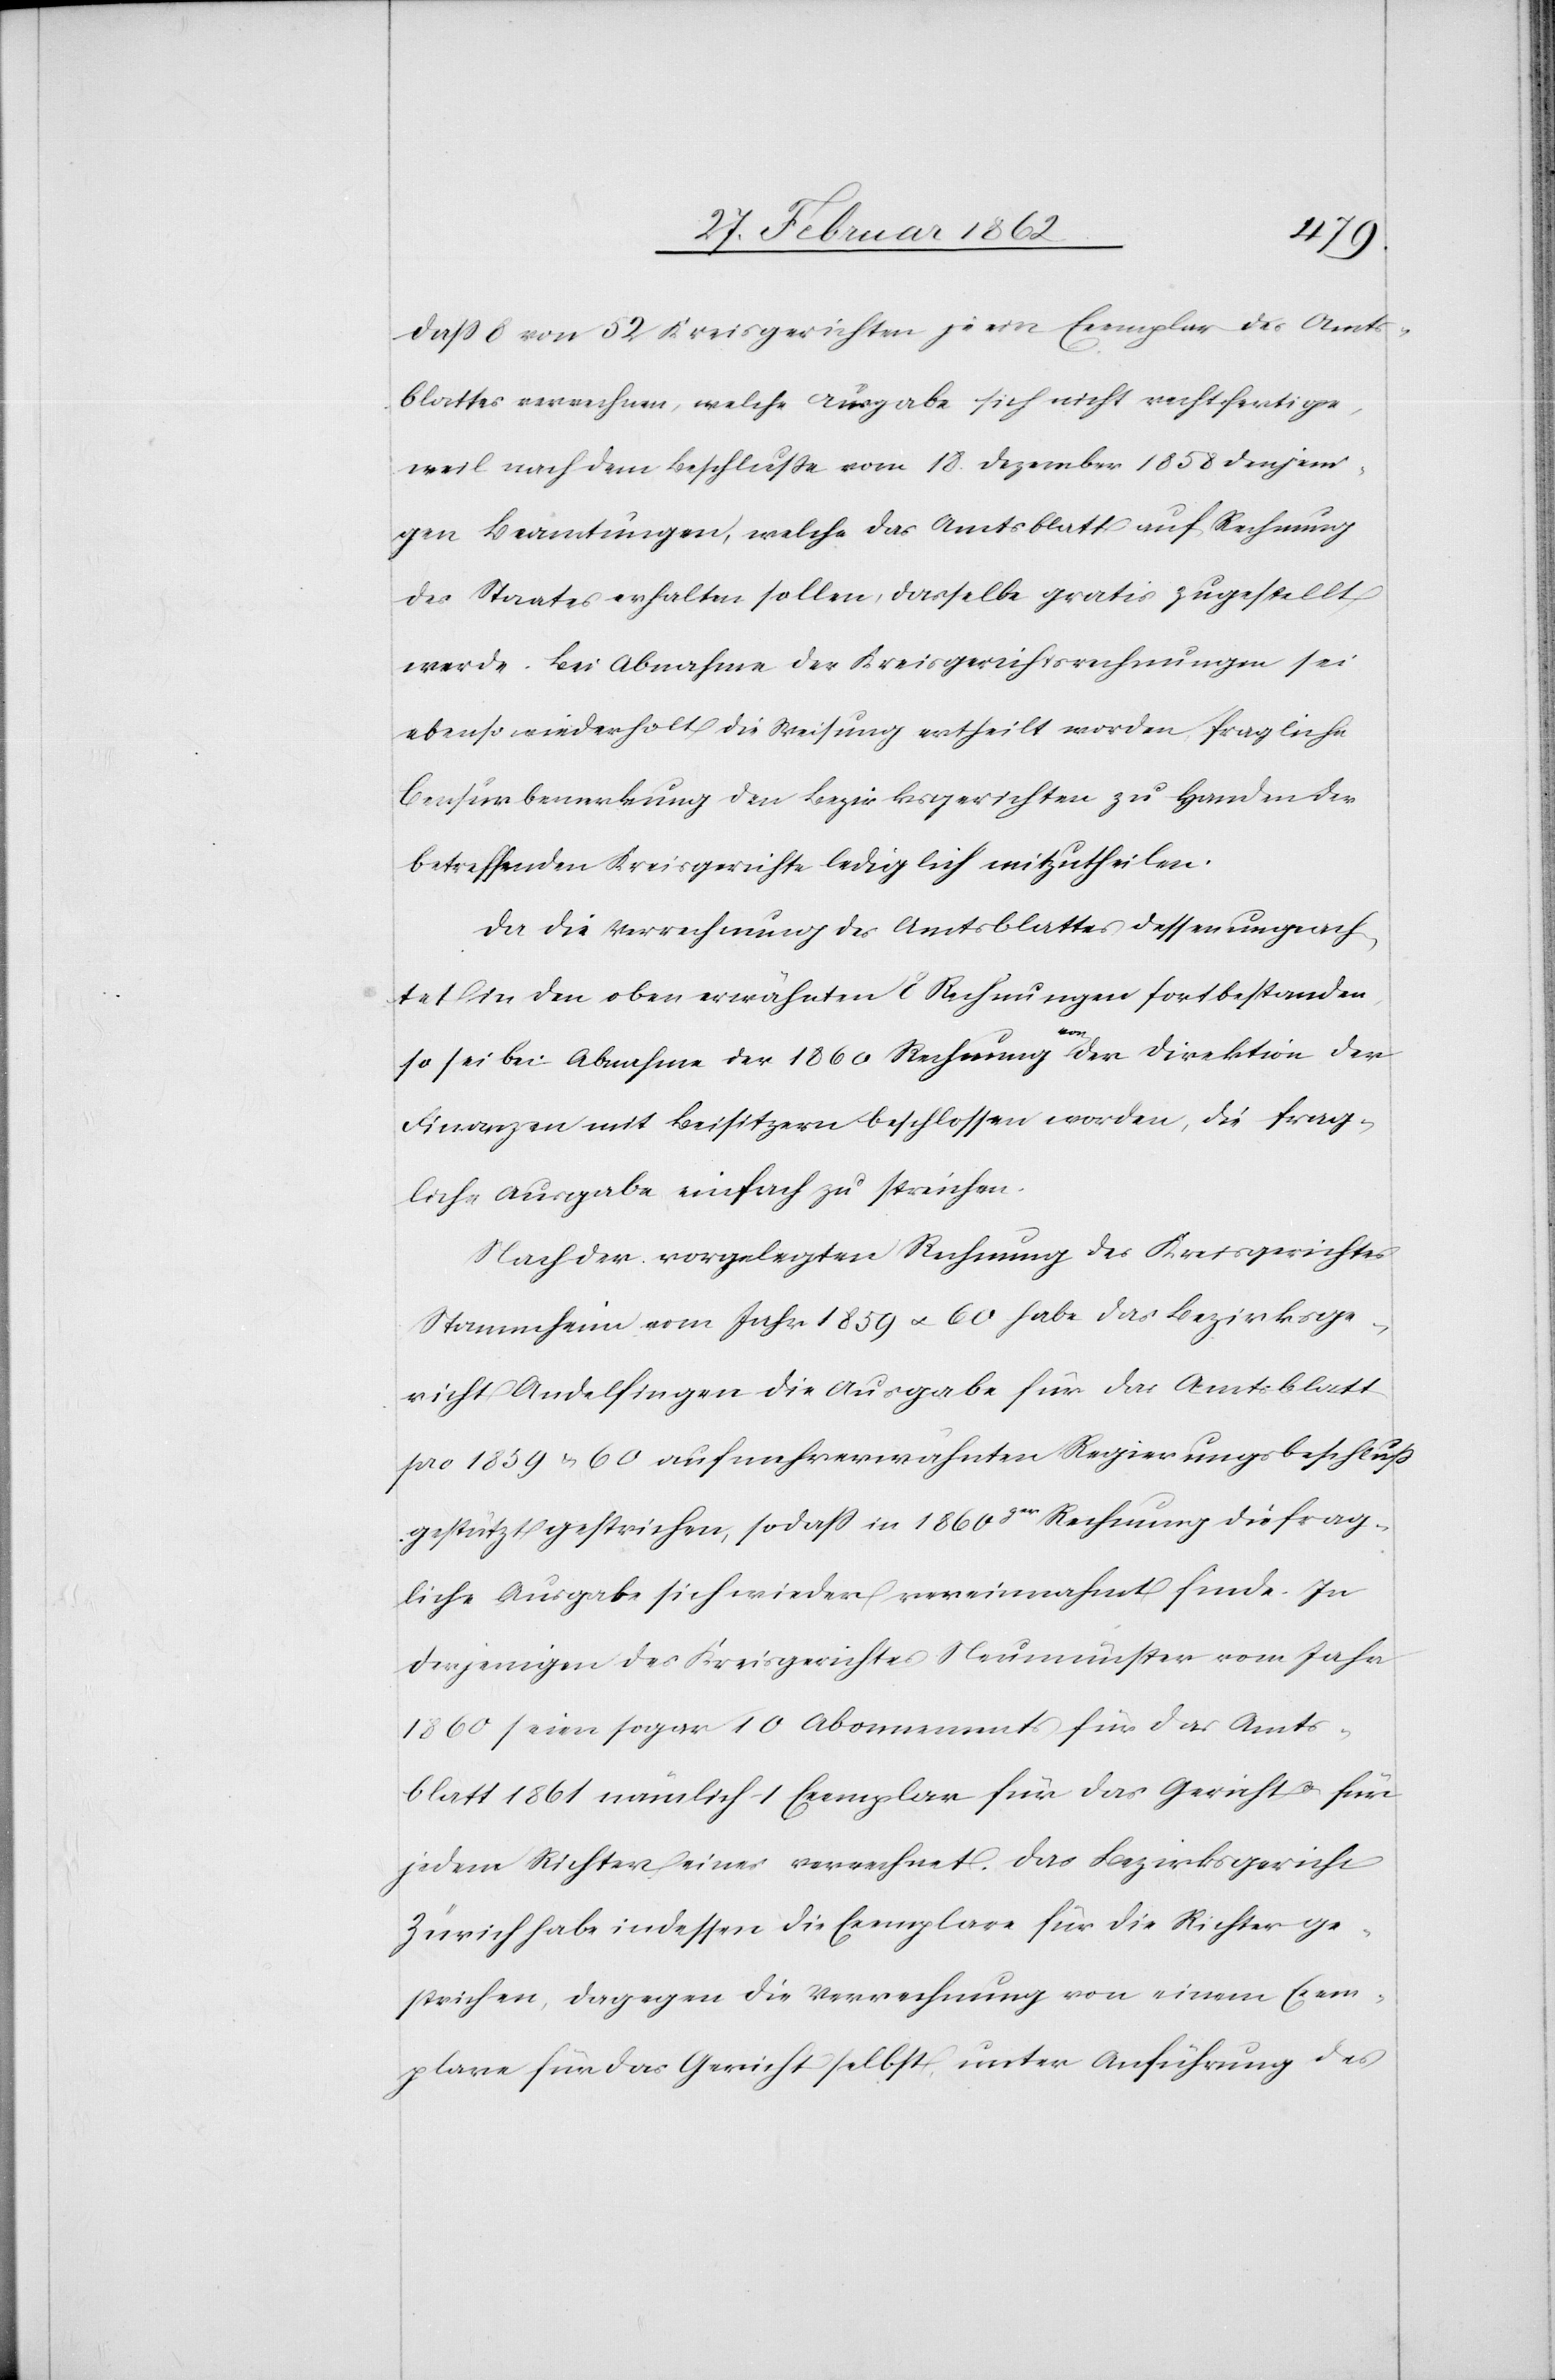
daß 8 von 52 Kreisgerichten je ein Exemplar des Amts¬
blattes verechnen [sic!], welche Ausgabe sich nicht rechtfertige,
weil nach dem Beschluße vom 18. Dezember 1858 denjeni¬
gen Beamtungen, welche das Amtsblatt auf Rechnung
des Staates erhalten sollen, dasselbe gratis zugestellt
werde. Bei Abnahme der Kreisgerichtsrechnungen sei
ebenso wiederholt die Weisung ertheilt worden, fragliche
Censurbemerkung den Bezirksgerichten zu Handen der
betreffenden Kreisgerichte lediglich mitzutheilen.
Da die Verrechnung des Amtsblattes dessen ungeach¬
tet in den oben erwähnten Rechnungen fortbestanden,
so sei bei Abnahme der 1860 Rechnung a-von-a der Direktion der
Finanzen mit Beisitzern beschlossen worden, die frag¬
liche Ausgabe einfach zu streichen.
Nach der vorgelegten Rechnung des Kreisgerichtes
Stammheim vom Jahr 1859 u. 60 habe das Bezirksge¬
richt Andelfingen die Ausgabe für das Amtsblatt
pro 1859 u. 60 auf mehrerwähnten Regierungsbeschluß
gestützt gestrichen, sodaß in 1860ger Rechnung die frag¬
liche Ausgabe sich wieder vereinnahmt finde. In
derjenigen des Kreisgerichtes Neumünster vom Jahr
1860 seien sogar 10 Abonnements für das Amts¬
blatt 1861 nämlich 1 Exemplar für das Gericht u. für
jeden Richter eines verrechnet. Das Bezirksgericht
Zürich habe indessen die Exemplare für die Richter ge¬
strichen, dagegen die Verrechnung von einem Exem¬
plar für das Gericht selbst, unter Anführung des